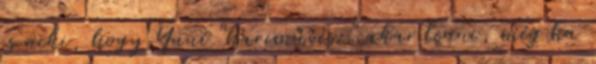
is neki, hogy Yuui "harcművész" akar lenni, még ha